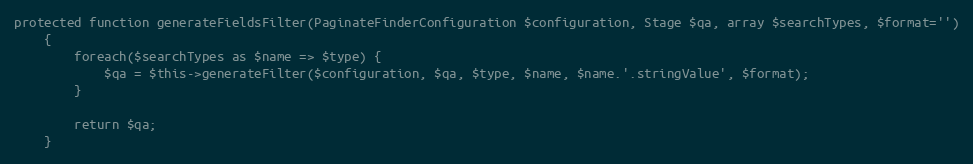
Language: PHP
protected function generateFieldsFilter(PaginateFinderConfiguration $configuration, Stage $qa, array $searchTypes, $format='')
    {
        foreach($searchTypes as $name => $type) {
            $qa = $this->generateFilter($configuration, $qa, $type, $name, $name.'.stringValue', $format);
        }

        return $qa;
    }